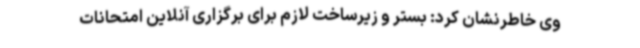
وی خاطرنشان کرد: بستر و زیرساخت لازم برای برگزاری آنلاین امتحانات